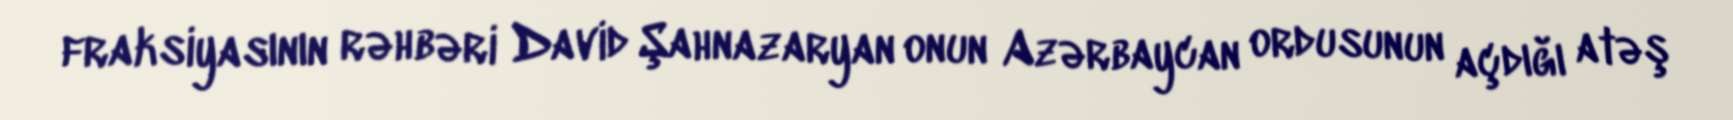
fraksiyasının rəhbəri David Şahnazaryan onun Azərbaycan ordusunun açdığı atəş